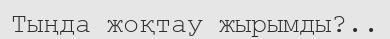
Тыңда жоқтау жырымды?..